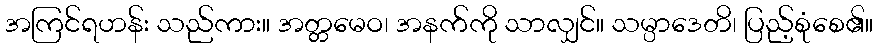
အကြင်ရဟန်း သည်ကား။ အတ္တမေဝ၊ အနက်ကို သာလျှင်။ သမ္ပာဒေတိ၊ ပြည့်စုံစေ၏။